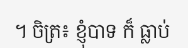
។ ចិត្រ៖ ខ្ញុំបាទ ក៏ ធ្លាប់